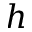
h